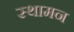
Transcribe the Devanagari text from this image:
स्थामन